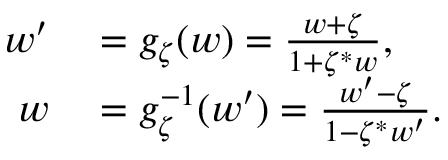
\begin{array} { r l } { w ^ { \prime } } & { { } = g _ { \zeta } ( w ) = \frac { w + \zeta } { 1 + \zeta ^ { * } w } , } \\ { w } & { { } = g _ { \zeta } ^ { - 1 } ( w ^ { \prime } ) = \frac { w ^ { \prime } - \zeta } { 1 - \zeta ^ { * } w ^ { \prime } } . } \end{array}